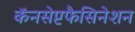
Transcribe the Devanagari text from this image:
कॅनसेप्टफैसिनेशन